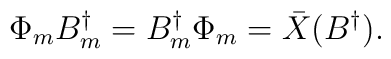
\Phi_{m} B^{\dagger}_{m} = B^{\dagger}_{m} \Phi_{m} = \bar{X}(B^{\dagger}).